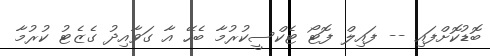
ބޮޑުކޮށްފައި -- ފައިލް ފޮޓޯ ޓެކްސީކުރުމާ ބެހޭ އާ ގަވާއިދު ގެޒެޓު ކުރުމާ